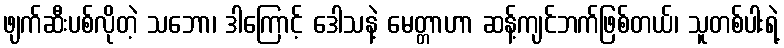
ဖျက်ဆီးပစ်လိုတဲ့ သဘော၊ ဒါကြောင့် ဒေါသနဲ့ မေတ္တာဟာ ဆန့်ကျင်ဘက်ဖြစ်တယ်၊ သူတစ်ပါးရဲ့